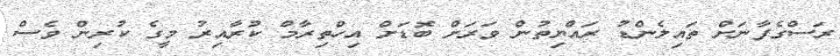
ރަސްގެފާނަށް ތައިލެންޑު ރައްޔިތުން ވަރަށް ބޮޑަށް އިހްތިރާމް ކުރާއިރު މީގެ ކުރިން ވެސް